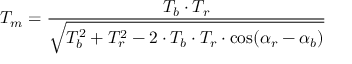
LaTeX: T _ { m } = { \frac { T _ { b } \cdot T _ { r } } { \sqrt { T _ { b } ^ { 2 } + T _ { r } ^ { 2 } - 2 \cdot T _ { b } \cdot T _ { r } \cdot \cos ( \alpha _ { r } - \alpha _ { b } ) } } }